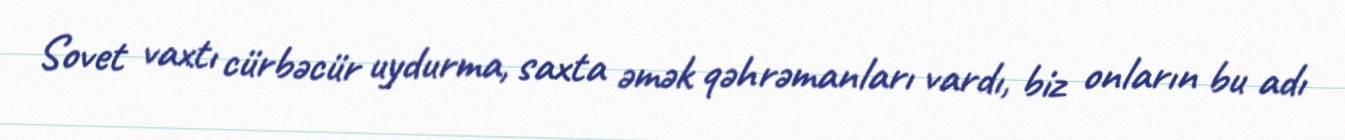
Sovet vaxtı cürbəcür uydurma, saxta əmək qəhrəmanları vardı, biz onların bu adı